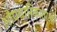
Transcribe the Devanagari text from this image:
औपचारिकाताओं